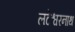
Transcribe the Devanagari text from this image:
लटेश्वरनाथ